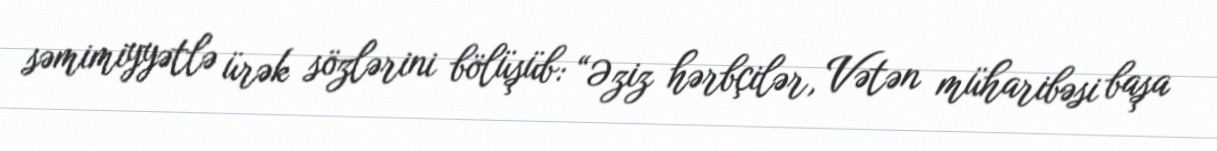
səmimiyyətlə ürək sözlərini bölüşüb: “Əziz hərbçilər, Vətən müharibəsi başa